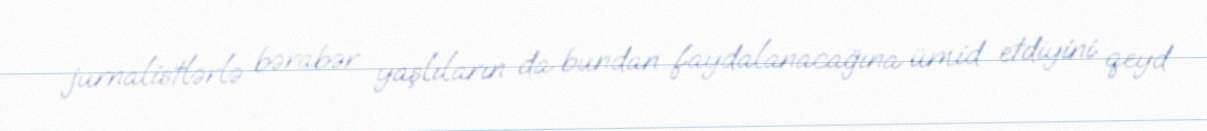
jurnalistlərlə bərabər yaşlıların da bundan faydalanacağına ümid etdiyini qeyd